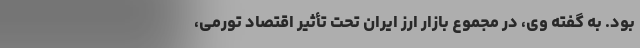
بود. به گفته وی، در مجموع بازار ارز ایران تحت تأثیر اقتصاد تورمی،